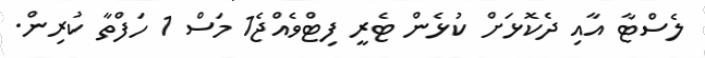
ލެސްޓާ އާއި ދެކޮޅަށް ކުޅެން ޓެރީ ފިޓްވެއްޖެ1 މަސް 1 ހަފްތާ ކުރިން.